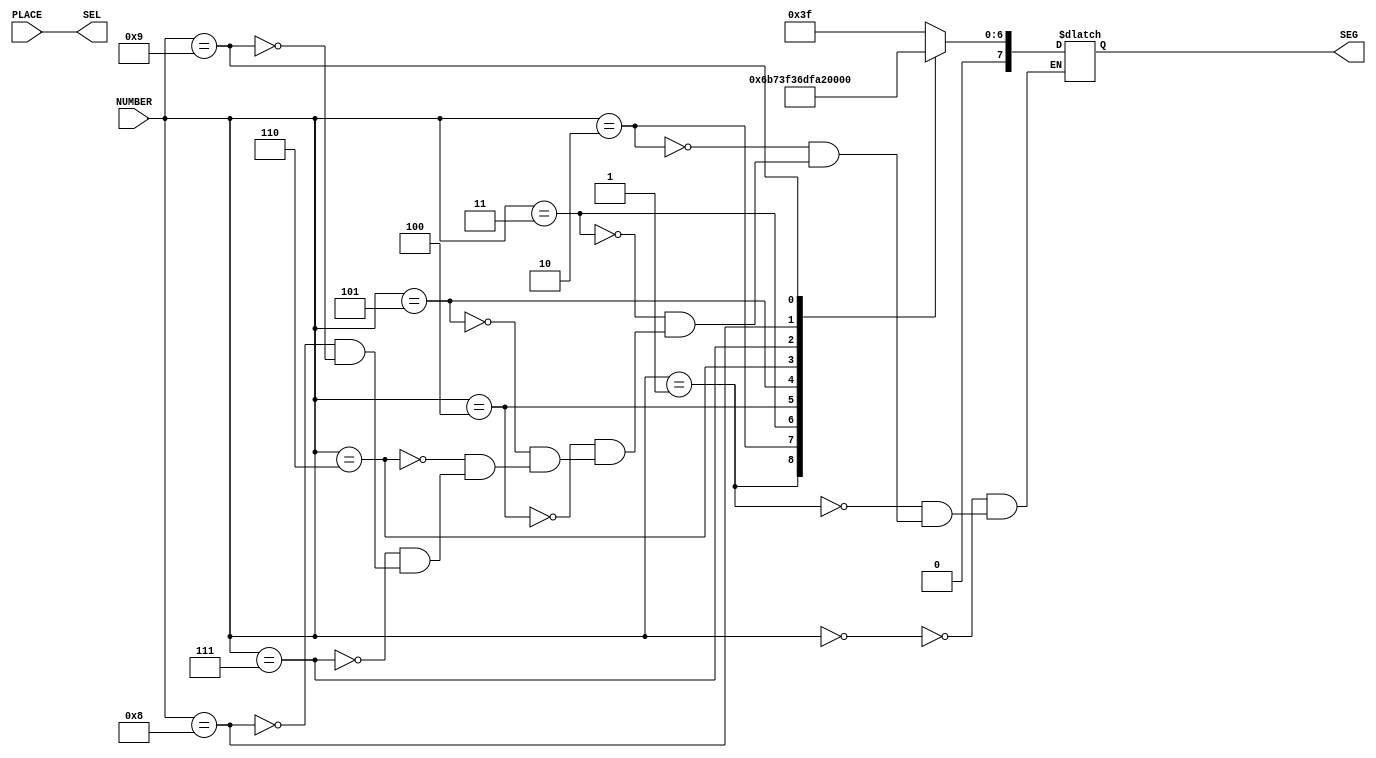
/*
	-Display
	:	
	
	: 	4 1-	4 bit NUMBER	4
			3 1-	1 bit PLACE		3

	:	8 -	8 bit SEG
			3 - 	3 bit SEL
*/

module 	Display(
	input 	wire 	[0:3]NUMBER,
	input 	wire	[0:2]PLACE,
	
	output  wire 	[0:7]SEG,
	output 	wire 	[0:2]SEL
	
);
	reg	[7:0]reg_seg;
	
	//
	always@(*)
		begin
			case(NUMBER)
				4'd0:reg_seg = ~8'b11000000;
				4'd1:reg_seg = ~8'b11111001;
				4'd2:reg_seg = ~8'b10100100;
				4'd3:reg_seg = ~8'b10110000;
				4'd4:reg_seg = ~8'b10011001;
				4'd5:reg_seg = ~8'b10010010;
				4'd6:reg_seg = ~8'b10000010;
				4'd7:reg_seg = ~8'b11111000;
				4'd8:reg_seg = ~8'b10000000;
				4'd9:reg_seg = ~8'b10010000;
			endcase
		end
		
	assign SEG = reg_seg;
	assign SEL = PLACE;

endmodule